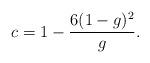
LaTeX: \begin{align*}c = 1 - \frac{6(1-g)^2}{g}.\end{align*}